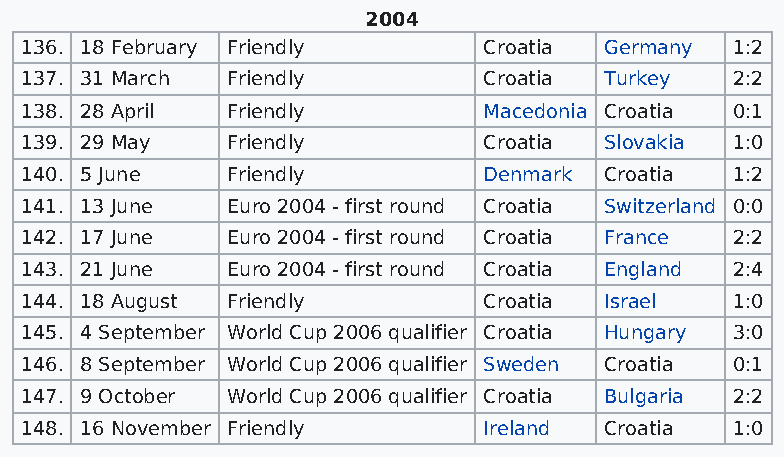
2004
 136. 18 February Friendly      Croatia Germany 1:2
 137. 31 March Friendly         Croatia Turkey  2:2
 138. 28 April Friendly         Macedonia Croatia 0:1
 139. 29 May   Friendly         Croatia Slovakia 1:0
 140. 5 June   Friendly         Denmark Croatia 1:2
 141. 13 June  Euro 2004 - first round Croatia Switzerland 0:0
 142. 17 June  Euro 2004 - first round Croatia France 2:2
 143. 21 June  Euro 2004 - first round Croatia England 2:4
 144. 18 August Friendly        Croatia Israel  1:0
 145. 4 September World Cup 2006 qualifier Croatia Hungary 3:0
 146. 8 September World Cup 2006 qualifier Sweden Croatia 0:1
 147. 9 October World Cup 2006 qualifier Croatia Bulgaria 2:2
 148. 16 November Friendly      Ireland Croatia 1:0